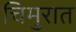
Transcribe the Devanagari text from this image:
चिमुरात